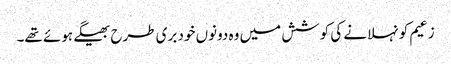
زعیم کو نہلانے کی کوشش میں وہ دونوں خود بری طرح بھیگے ہوئے تھے۔